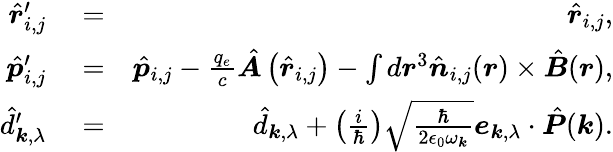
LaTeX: \begin{array}{rlr}{\hat{\boldsymbol r}_{i,j}^{\prime}}&{{}=}&{\hat{\boldsymbol r}_{i,j},}\\ {\hat{\boldsymbol p}_{i,j}^{\prime}}&{{}=}&{\hat{\boldsymbol p}_{i,j}-\frac{q_{e}}{c}\hat{\boldsymbol A}\left(\hat{\boldsymbol r}_{i,j}\right)-\int d\boldsymbol r^{3}\hat{\boldsymbol n}_{i,j}(\boldsymbol r)\times\hat{\boldsymbol B}(\boldsymbol r),}\\ {\hat{d}_{\boldsymbol k,\lambda}^{\prime}}&{{}=}&{\hat{d}_{\boldsymbol k,\lambda}+\left(\frac{i}{\hbar}\right)\sqrt{\frac{\hbar}{2\epsilon_{0}\omega_{\boldsymbol k}}}{\boldsymbol e}_{\boldsymbol k,\lambda}\cdot\hat{\boldsymbol P}(\boldsymbol k).}\end{array}